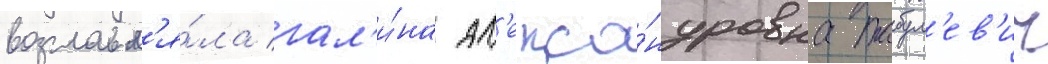
возглавл'я́ла гал'и́на ал'екса́ндровна табул'ев'ич